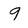
Character: 9